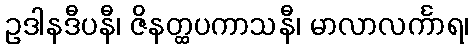
ဥဒါနဒီပနီ၊ ဇိနတ္ထပကာသနီ၊ မာလာလင်္ကာရ၊